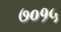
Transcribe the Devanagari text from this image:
७०१५